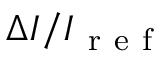
\Delta I / I _ { \mathrm { ~ r ~ e ~ f ~ } }